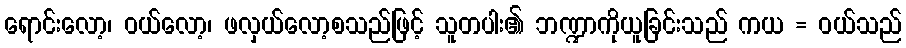
ရောင်းလော့၊ ဝယ်လော့၊ ဖလှယ်လော့စသည်ဖြင့် သူတပါး၏ ဘဏ္ဍာကိုယူခြင်းသည် ကယ = ဝယ်သည်